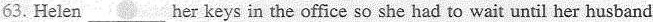
63. Helen___her keys in the office so she had to wait until her husband